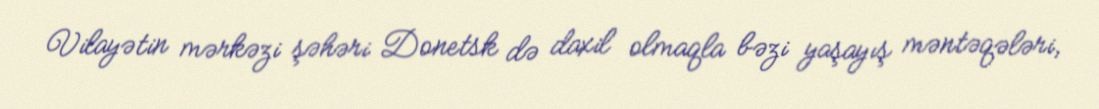
Vilayətin mərkəzi şəhəri Donetsk də daxil olmaqla bəzi yaşayış məntəqələri,